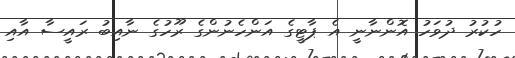
ހުކުރު ދުވަހު އޮންނާނީ އެ ޕާޓީގެ އަންހެނުންގެ ރޫހުގެ ނާއިބު ރައީސާ އާއި